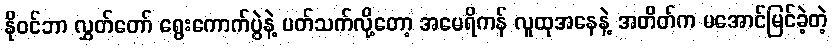
နိုဝင်ဘာ လွှတ်တော် ရွေးကောက်ပွဲနဲ့ ပတ်သက်လို့တော့ အမေရိကန် လူထုအနေနဲ့ အတိတ်က မအောင်မြင်ခဲ့တဲ့